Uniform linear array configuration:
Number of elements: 32
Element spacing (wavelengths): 0.5
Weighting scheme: exponential
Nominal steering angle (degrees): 0
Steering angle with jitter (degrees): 1.183
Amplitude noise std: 0.05
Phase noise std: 0.05

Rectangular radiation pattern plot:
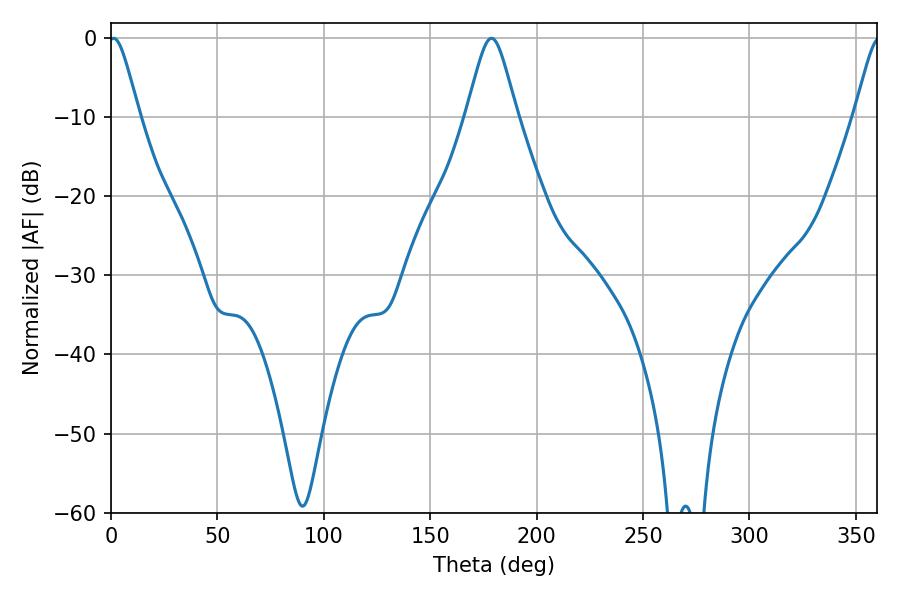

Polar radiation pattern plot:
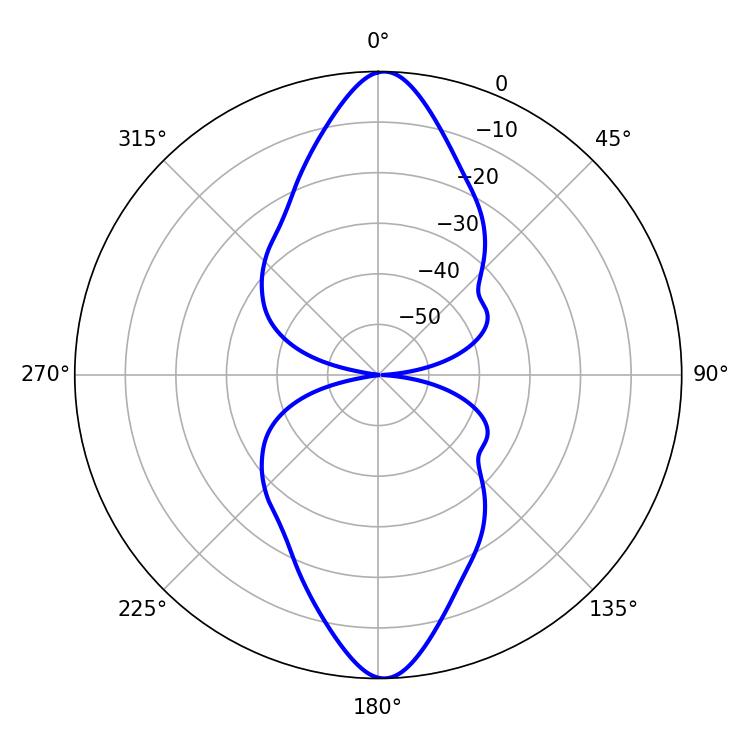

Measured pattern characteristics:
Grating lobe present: FALSE
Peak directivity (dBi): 22.983
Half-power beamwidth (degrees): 6.84
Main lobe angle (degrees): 1.26